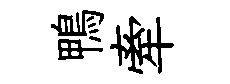
鴨牽